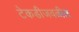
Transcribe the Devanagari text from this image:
टेकडीजवळील